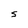
Character: S